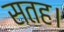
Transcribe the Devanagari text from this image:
सतह।